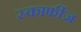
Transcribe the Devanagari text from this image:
स्कार्फीज